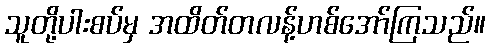
သူတို့ပါးစပ်မှ အထိတ်တလန့်ဟစ်အော်ကြသည်။